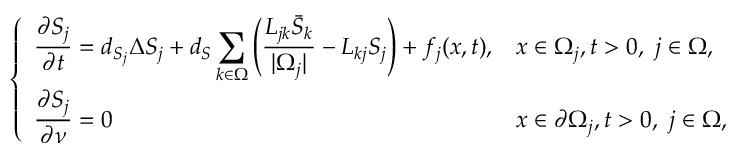
\left\{ \begin{array} { l l } { \displaystyle \frac { \partial S _ { j } } { \partial t } = d _ { S _ { j } } \Delta S _ { j } + d _ { S } \sum _ { k \in \Omega } \left( \frac { L _ { j k } \bar { S } _ { k } } { | \Omega _ { j } | } - L _ { k j } S _ { j } \right) + f _ { j } ( x , t ) , } & { x \in \Omega _ { j } , t > 0 , \ j \in \Omega , } \\ { \displaystyle \frac { \partial S _ { j } } { \partial \nu } = 0 } & { x \in \partial \Omega _ { j } , t > 0 , \ j \in \Omega , } \end{array} \right.